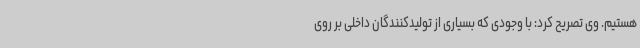
هستیم. وی تصریح کرد: با وجودی که بسیاری از تولیدکنندگان داخلی بر روی